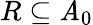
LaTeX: R\subseteq\mathit{A}_{0}